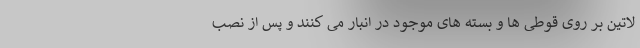
لاتین بر روی قوطی ها و بسته های موجود در انبار می کنند و پس از نصب